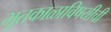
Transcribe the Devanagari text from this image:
भूतकाळाविषयीची